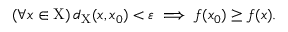
( \forall x \in \mathrm { X } ) \, d _ { \mathrm { X } } ( x , x _ { 0 } ) < \varepsilon \implies f ( x _ { 0 } ) \geq f ( x ) .